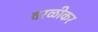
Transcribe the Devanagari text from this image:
वरळीकर